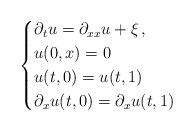
LaTeX: \begin{align*}\begin{cases}\partial_t u= \partial_{xx} u +\xi \,,\\u(0,x)=0 \\u(t,0)=u(t,1)\\\partial_xu(t,0)=\partial_x u(t,1)\end{cases}\end{align*}